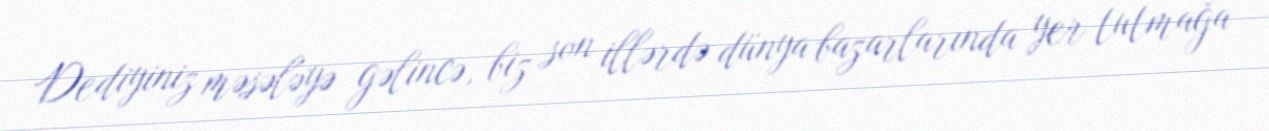
Dediyiniz məsələyə gəlincə, biz son illərdə dünya bazarlarında yer tutmağa